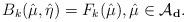
LaTeX: \begin{align*} B_k(\hat{\mu},\hat{\eta})= F_k(\hat{\mu}), \hat{\mu} \in \mathcal{A}_{\mathbf{d}}.\end{align*}